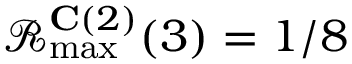
\mathcal { R } _ { \operatorname* { m a x } } ^ { \mathbf { C } ( 2 ) } ( 3 ) = 1 / 8